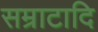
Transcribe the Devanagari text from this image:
सम्राटादि